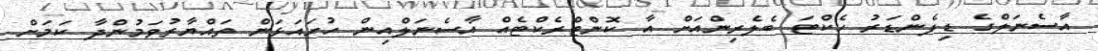
އާސެނަލްގެ ޑިފެންޑަރު ހެކްޓަ ބެލެރިންއަށް އާ ކޮންޓްރެކްޓެއް އާސެނަލްއިން ހުށައަޅަން ތައްޔާރުވަމުންދާ ކަމަށް